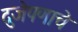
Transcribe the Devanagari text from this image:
दुजेपणाचे